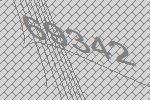
69342